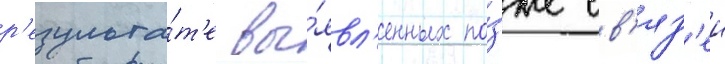
р'езульта́т'е вы́явл'енных по́зже св'яз'еи